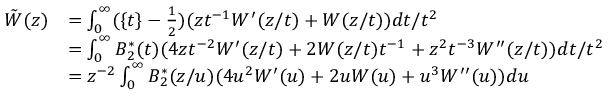
\begin{array} { r l } { \tilde { W } ( z ) } & { = \int _ { 0 } ^ { \infty } ( \{ t \} - \frac 1 2 ) ( z t ^ { - 1 } W ^ { \prime } ( z / t ) + W ( z / t ) ) d t / t ^ { 2 } } \\ & { = \int _ { 0 } ^ { \infty } B _ { 2 } ^ { * } ( t ) ( 4 z t ^ { - 2 } W ^ { \prime } ( z / t ) + 2 W ( z / t ) t ^ { - 1 } + z ^ { 2 } t ^ { - 3 } W ^ { \prime \prime } ( z / t ) ) d t / t ^ { 2 } } \\ & { = z ^ { - 2 } \int _ { 0 } ^ { \infty } B _ { 2 } ^ { * } ( z / u ) ( 4 u ^ { 2 } W ^ { \prime } ( u ) + 2 u W ( u ) + u ^ { 3 } W ^ { \prime \prime } ( u ) ) d u } \end{array}